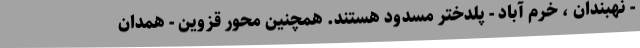
- نهبندان ، خرم آباد - پلدختر مسدود هستند. همچنین محور قزوین - همدان